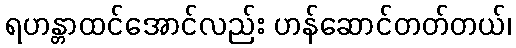
ရဟန္တာထင်အောင်လည်း ဟန်ဆောင်တတ်တယ်၊